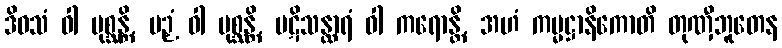
ဒိဝသံ ဝါ ပုစ္ဆန္တိ, ပဉှံ ဝါ ပုစ္ဆန္တိ, ပဋိသန္ထာရံ ဝါ ကရောန္တိ, အဟံ ကမ္မဋ္ဌာနိကောတိ တုဏှီဘူတေန